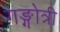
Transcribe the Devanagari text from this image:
गङ्गोत्री